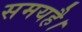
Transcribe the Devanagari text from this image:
समयहै।